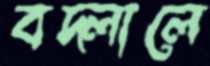
বদ্‌লালে